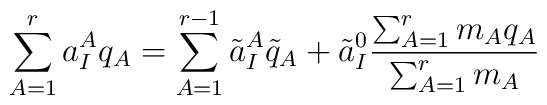
\sum_{A=1}^r a_I^Aq_A =\sum_{A=1}^{r-1}\tilde a^A_I \tilde q_A + \tilde a_I^0\frac{\sum_{A=1}^r m_A q_A}{\sum_{A=1}^r m_A}